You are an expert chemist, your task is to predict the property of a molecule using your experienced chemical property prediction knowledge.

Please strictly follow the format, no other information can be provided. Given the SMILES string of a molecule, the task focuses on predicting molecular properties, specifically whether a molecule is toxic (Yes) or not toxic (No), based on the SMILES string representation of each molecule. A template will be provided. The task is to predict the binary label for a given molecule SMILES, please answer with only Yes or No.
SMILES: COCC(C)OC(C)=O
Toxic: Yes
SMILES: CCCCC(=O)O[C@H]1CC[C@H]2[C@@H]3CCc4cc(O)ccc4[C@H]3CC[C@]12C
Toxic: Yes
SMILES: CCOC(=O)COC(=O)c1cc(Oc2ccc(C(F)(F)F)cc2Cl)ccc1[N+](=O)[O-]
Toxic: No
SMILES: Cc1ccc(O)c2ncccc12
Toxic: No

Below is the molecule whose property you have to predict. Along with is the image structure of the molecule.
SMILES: O=C(N[C@H](c1ccccc1)[C@@H]1CN2CCC1CC2)c1c(Cl)ccc(C(F)(F)F)c1Cl
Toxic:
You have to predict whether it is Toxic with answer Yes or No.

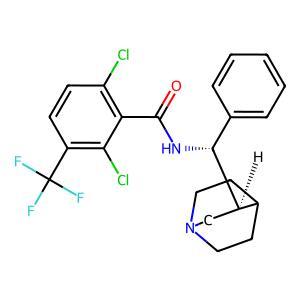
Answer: No